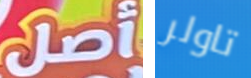
أصل تاولر